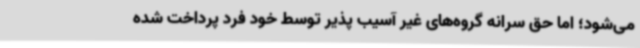
می‌شود؛ اما حق سرانه گروه‌های غیر آسیب پذیر توسط خود فرد پرداخت شده